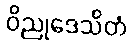
ဝိညုဒေသိတံ